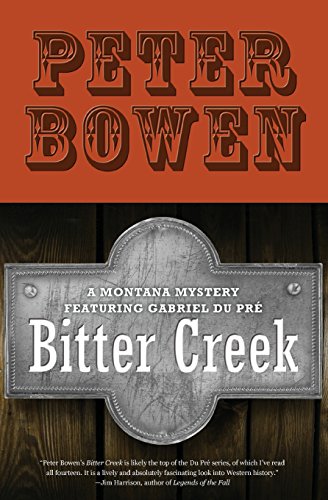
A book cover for Bitter Creek (The Montana Mysteries Featuring Gabriel Du PrÃ©); Peter Bowen; Literature & Fiction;